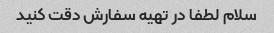
سلام لطفا در تهیه سفارش دقت کنید